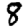
Digit: 8